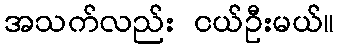
အသက်လည်း ငယ်ဦးမယ်။